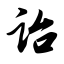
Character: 诒